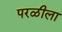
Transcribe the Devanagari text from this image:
परळीला